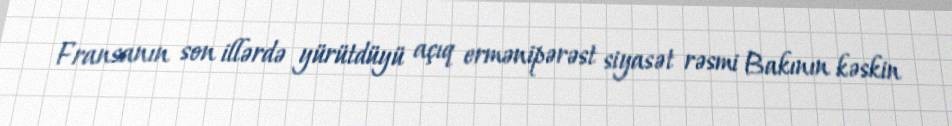
Fransanın son illərdə yürütdüyü açıq ermənipərəst siyasət rəsmi Bakının kəskin